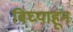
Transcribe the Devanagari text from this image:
बिघ्याहून